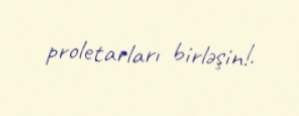
proletarları birləşin!.